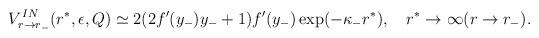
LaTeX: \begin{align*}V^{IN}_{r \to r_-}(r^*,\epsilon,Q) \simeq 2 (2 f'(y_-) y_- +1)f'(y_-) \exp(-\kappa_- r^*),~~~r^* \to \infty (r \to r_-).\end{align*}